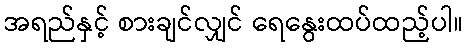
အရည်နှင့် စားချင်လျှင် ရေနွေးထပ်ထည့်ပါ။